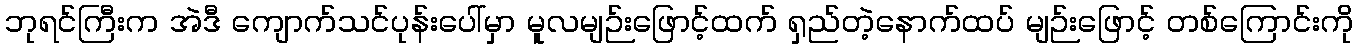
ဘုရင်ကြီးက အဲဒီ ကျောက်သင်ပုန်းပေါ်မှာ မူလမျဉ်းဖြောင့်ထက် ရှည်တဲ့နောက်ထပ် မျဉ်းဖြောင့် တစ်ကြောင်းကို